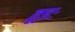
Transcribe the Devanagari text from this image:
हूडः